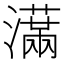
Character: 𤂙